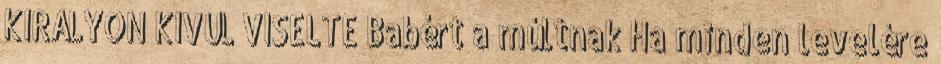
KIRÁLYON KIVÜL VISELTE Babért a múltnak Ha minden levelére